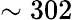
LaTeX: \sim 302